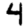
Digit: 4